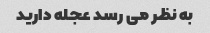
به نظر می رسد عجله دارید